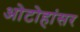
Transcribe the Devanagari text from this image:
ओटोहांसर